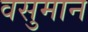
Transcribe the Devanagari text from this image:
वसुमान